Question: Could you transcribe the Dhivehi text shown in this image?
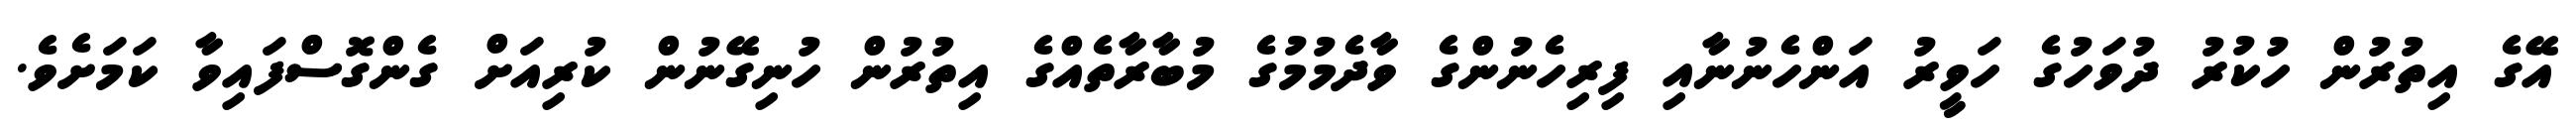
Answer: އޭގެ އިތުރުން ހުކުރު ދުވަހުގެ ހަވީރު އަންހެނުނާއި ފިރިހެނުންގެ ވާދެމުމުގެ މުބާރާތެއްގެ އިތުރުން ހުނިގޭނުން ކުރިއަށް ގެންގޮސްފައިވާ ކަމަށެވެ.